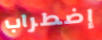
إضطراب